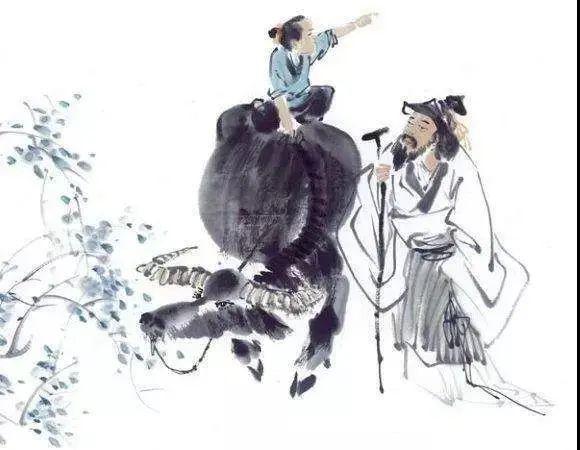
留恋海棠颜色过清明。